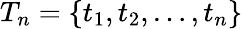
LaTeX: T_{n}=\{ t_{1},t_{2},\ldots,t_{n}\}